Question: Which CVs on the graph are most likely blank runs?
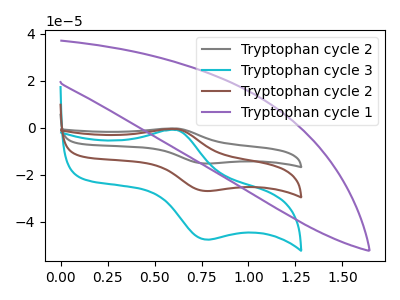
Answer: <think>The gray curve "Tryptophan cycle 2" has an anodic peak at (0.60V, -1.05uA) and a cathodic peak at (0.80V, -53.70uA). The cyan curve "Tryptophan cycle 3" has an anodic peak at (0.60V, -0.95uA) and a cathodic peak at (0.80V, -47.50uA). The brown curve "Tryptophan cycle 2" has an anodic peak at (0.60V, -0.50uA) and a cathodic peak at (0.80V, -26.85uA). The purple curve "Tryptophan cycle 1" has no peaks.</think>
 <answer>"Tryptophan cycle 1" is likely to be a blank.</answer>
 <eval>Tryptophan cycle 1</eval>